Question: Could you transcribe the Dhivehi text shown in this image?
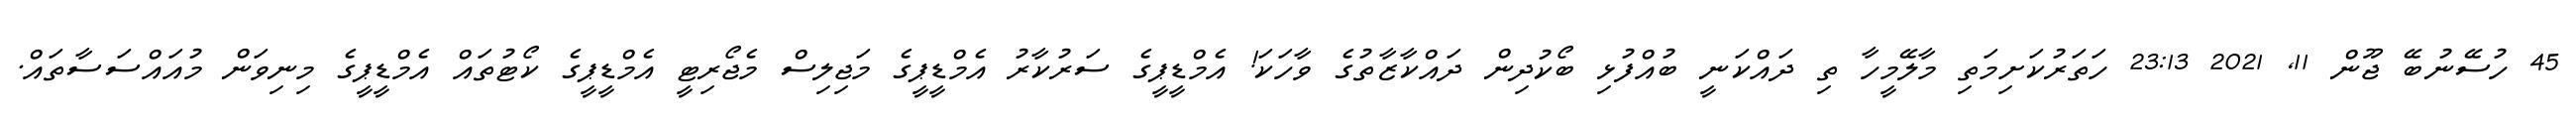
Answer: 45 ހުސޭނުބޭ ޖޫން 11, 2021 23:13 ހަތަރުކަށިމަތި މާލޭމީހާ ތި ދައްކަނީ ބުއްފުޅި ބޯކުދިން ދައްކާޒާތުގެ ވާހަކަ! އެމްޑީޕީގެ ސަރުކާރު އެމްޑީޕީގެ މަޖިލިސް މެޖޯރިޓީ އެމްޑީޕީގެ ކޯޓުތައް އެމްޑީޕީގެ މިނިވަން މުއައްސަސާތައް.